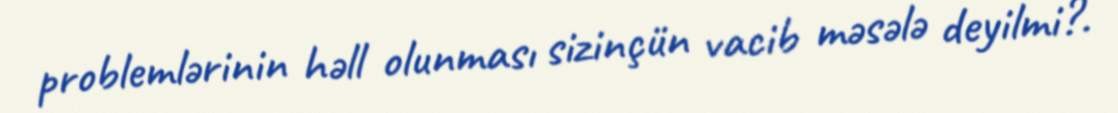
problemlərinin həll olunması sizinçün vacib məsələ deyilmi?.